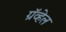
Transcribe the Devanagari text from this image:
ग्रॅव्हेल